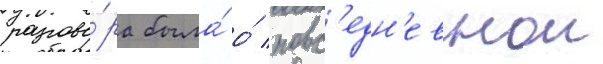
разгово́ра была́ о́ повс'едн'евнои